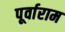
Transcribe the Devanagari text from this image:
पूर्वाराम